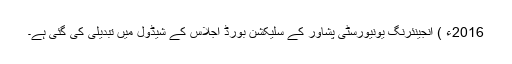
2016ء ) انجینئرنگ یونیورسٹی پشاور کے سلیکشن بورڈ اجلاس کے شیڈول میں تبدیلی کی گئی ہے۔